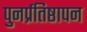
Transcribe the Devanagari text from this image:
पुनर्प्रतिष्ठापन